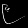
Digit: ၉